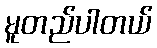
မူတည်ပါတယ်